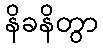
နိခနိတွာ